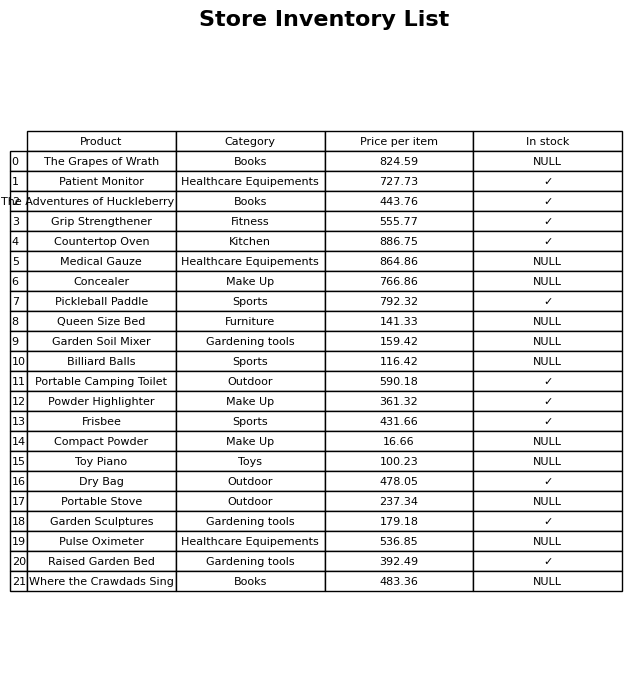
question: What is the price of the Pulse Oximeter?
answer: The price of Pulse Oximeter is 536.85.